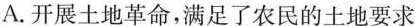
A.开展土地革命，满足了农民的土地要求